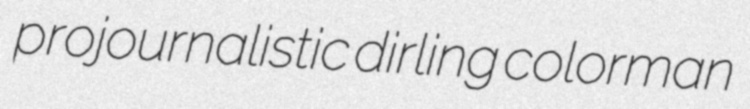
projournalistic dirling colorman